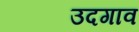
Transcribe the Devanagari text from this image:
उदगाव